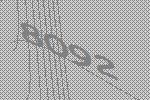
8092